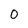
Character: 0